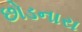
છોડનારા